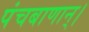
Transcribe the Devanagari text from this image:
पंचबाणान्‌।